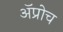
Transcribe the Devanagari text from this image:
अॅप्रोच